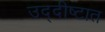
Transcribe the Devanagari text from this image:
उद्दीष्टात